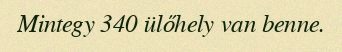
Mintegy 340 ülőhely van benne.